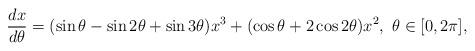
LaTeX: \begin{align*}\frac{dx}{d\theta}=(\sin\theta - \sin2\theta + \sin3\theta)x^3+(\cos\theta + 2\cos2\theta)x^2,~\theta \in [0,2\pi],\end{align*}